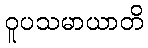
ဝူပသမာယာတိ